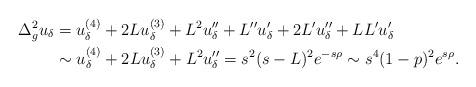
LaTeX: \begin{align*} \Delta_g^2 u_\delta&= u_\delta^{(4)} + 2Lu_\delta^{(3)}+L^2u_\delta''+L''u_\delta'+2L'u_\delta''+LL'u_\delta'\\ &\sim u_\delta^{(4)} + 2Lu_\delta^{(3)}+L^2u_\delta''=s^2(s-L)^2e^{-s\rho}\sim s^4(1-p)^2e^{s\rho}. \end{align*}